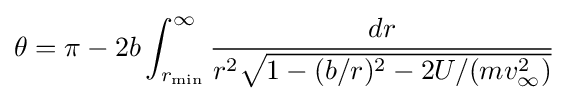
\theta =\pi -2b\int _{r_{\text{min}}}^{\infty }{\frac {dr}{r^{2}{\sqrt {1-(b/r)^{2}-2U/(mv_{\infty }^{2})}}}}